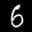
Label: 6